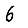
Digit: 6